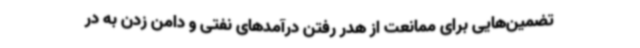
تضمین‌هایی برای ممانعت از هدر رفتن درآمدهای نفتی و دامن زدن به در